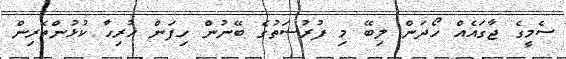
ސެމީގެ ޖާގައެއް ހޯދަން ލިބޭ މި ފުރުސަތުގެ ބޭނުން ހިފަން ހުރިހާ ކުޅުންތެރިން